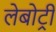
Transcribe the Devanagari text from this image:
लेबोट्री